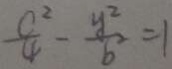
- \frac { c ^ { 2 } } { 4 } - \frac { y ^ { 2 } } { b ^ { 2 } } = 1